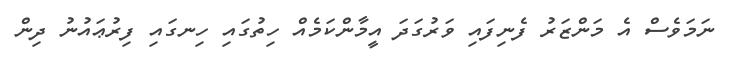
ނަމަވެސް އެ މަންޒަރު ފެނިފައި ވަރުގަދަ އީމާންކަމެއް ހިތުގައި ހިނގައި ފިރުޢައުނު ދިން